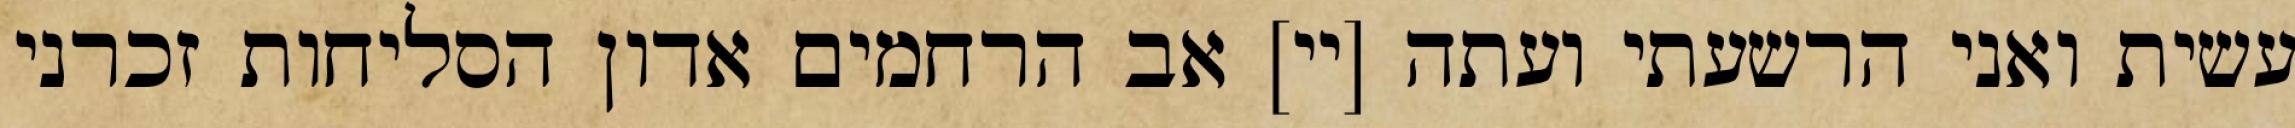
עשית ואני הרשעתי ועתה [יי] אב הרחמים אדון הסליחות זכרני